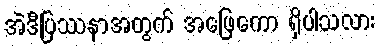
အဲဒီပြဿနာအတွက် အဖြေကော ရှိပါသလား